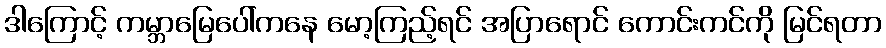
ဒါကြောင့် ကမ္ဘာမြေပေါ်ကနေ မော့ကြည့်ရင် အပြာရောင် ကောင်းကင်ကို မြင်ရတာ